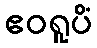
ဧဝရူပိံ